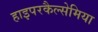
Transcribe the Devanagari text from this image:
हाइपरकैल्सेमिया